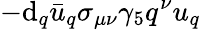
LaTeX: -\mathrm{d}_{q}\bar{{u}}_{q}\sigma_{\mu\nu}\gamma_{5}q^{\nu}u_{q}